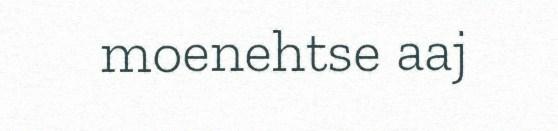
moenehtse aaj